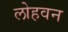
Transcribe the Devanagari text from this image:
लोहवन